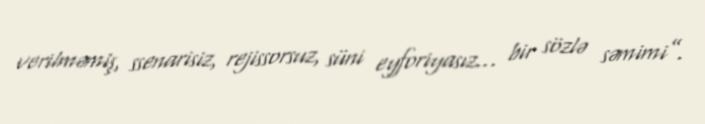
verilməmiş, ssenarisiz, rejissorsuz, süni eyforiyasız… bir sözlə səmimi”.